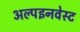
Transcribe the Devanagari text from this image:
अल्पइनवेस्ट